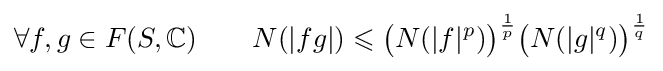
\forall f,g\in F(S,\mathbb {C} )\qquad N(|fg|)\leqslant {\bigl (}N(|f|^{p}){\bigr )}^{\frac {1}{p}}{\bigl (}N(|g|^{q}){\bigr )}^{\frac {1}{q}}